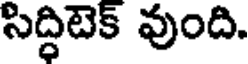
సిద్ధిటెక్ వుంది.